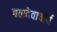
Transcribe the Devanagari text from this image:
बलदेवाचार्य